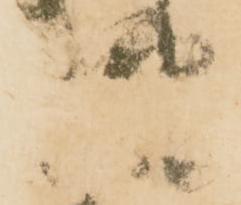
様